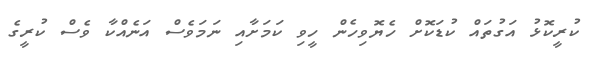
ކުރީކޮޅު އަގުތައް ކުޑަކޮށް ހެޔޮވިހެން ހީވި ކަމަށާއި ނަމަވެސް އަނެއްކާ ވެސް ކުރީގެ